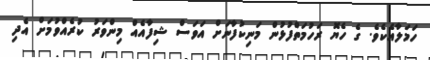
ހަމަލާއެކެވެ. ގެ ހެޔޮ ރަހުމަތްފުޅުން މަނިކުފާނަށް އަވަސް ޝިފާއެއް މިންވަރު ކުރެއްވުމަށް އެދި